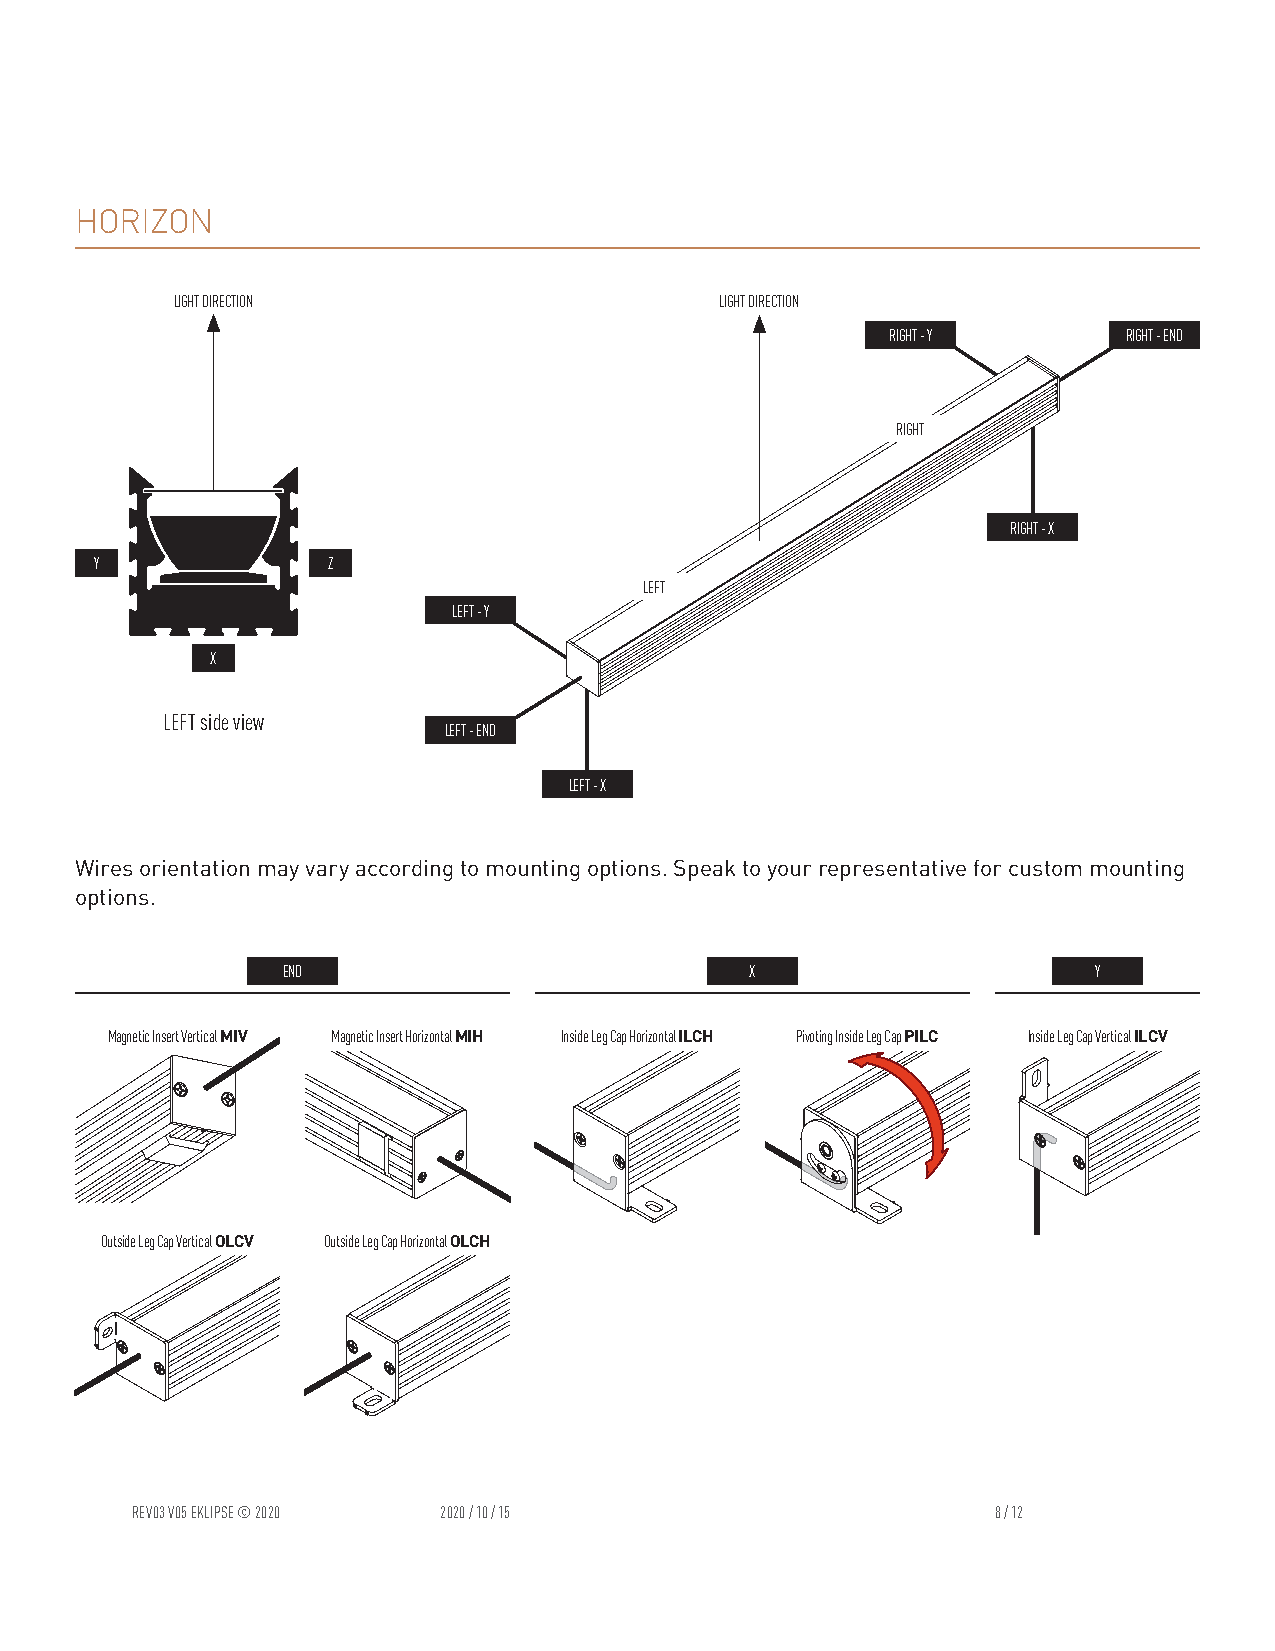
HORIZON
 LIGHT DIRECTION                      LIGHT DIRECTION
 RIGHT - Y       RIGHT - END
 RIGHT
 RIGHT - X
 Y               Z
 LEFT
 LEFT - Y
 X
 LEFT side view
 LEFT - END
 LEFT - X
 Wires orientation may vary according to mounting options. Speak to your representative for custom mounting
 options.
 END                            X                     Y
 Magnetic Insert Vertical MIV Magnetic Insert Horizontal MIH Inside Leg Cap Horizontal ILCH Pivoting Inside Leg Cap PILC Inside Leg Cap Vertical ILCV
 Outside Leg Cap Vertical OLCV Outside Leg Cap Horizontal OLCH
 REV03 V05 EKLIPSE © 2020 2020 / 10 / 15                  8 / 12